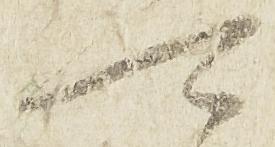
可